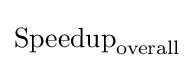
{\text{Speedup}}_{\text{overall}}